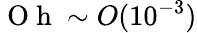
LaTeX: \mathrm{~O~h~}\sim O(10^{-3})